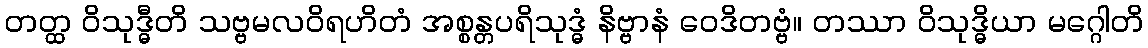
တတ္ထ ဝိသုဒ္ဓီတိ သဗ္ဗမလဝိရဟိတံ အစ္စန္တပရိသုဒ္ဓံ နိဗ္ဗာနံ ဝေဒိတဗ္ဗံ။ တဿာ ဝိသုဒ္ဓိယာ မဂ္ဂေါတိ